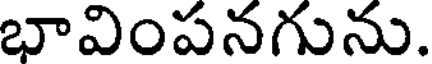
భావింపనగును.